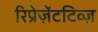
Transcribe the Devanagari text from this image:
रिप्रेज़ेंटटिव्ज़